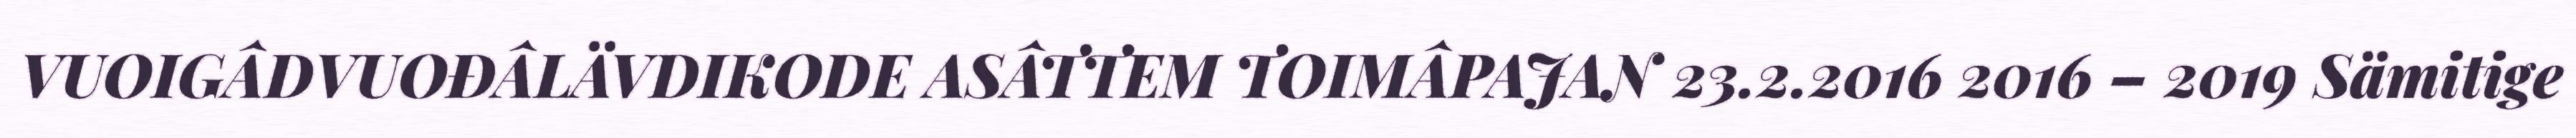
VUOIGÂDVUOĐÂLÄVDIKODE ASÂTTEM TOIMÂPAJAN 23.2.2016 2016 – 2019 Sämitige